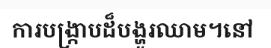
ការបង្ក្រាបដ៏បង្ហូរឈាម។នៅ